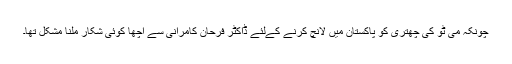
چونکہ می ٹو کی چھتری کو پاکستان میں لانچ کرنے کےلئے ڈاکٹر فرحان کامرانی سے اچھا کوئی شکار ملنا مشکل تھا۔